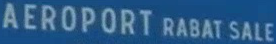
AEROPORT RABAT SALE